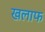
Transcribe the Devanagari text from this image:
खलाफ